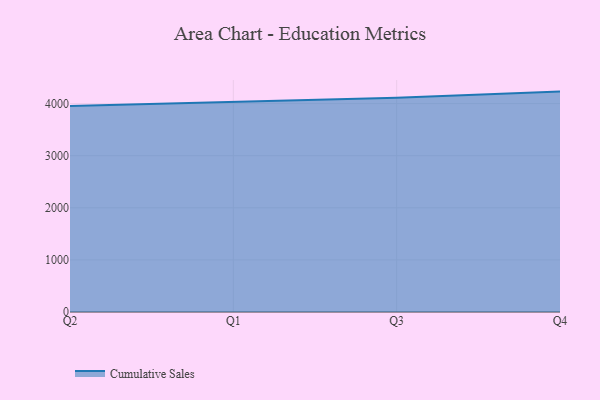
{"axis": {"x": "Quarter", "y": "Tickets Resolved"}, "legend": ["Cumulative Sales"], "data": [{"x": "Q2", "y": 3956.4, "type": "Cumulative Sales"}, {"x": "Q1", "y": 4038.1, "type": "Cumulative Sales"}, {"x": "Q3", "y": 4110.3, "type": "Cumulative Sales"}, {"x": "Q4", "y": 4230.4, "type": "Cumulative Sales"}]}